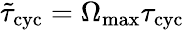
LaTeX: \tilde{\tau}_{\mathrm{cyc}}=\Omega_{\mathrm{max}}\tau_{\mathrm{cyc}}